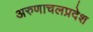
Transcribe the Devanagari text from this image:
अरुणाचलप्रदेश